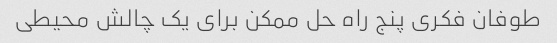
طوفان فکری پنج راه حل ممکن برای یک چالش محیطی